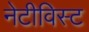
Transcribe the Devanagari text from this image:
नेटीविस्ट